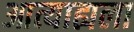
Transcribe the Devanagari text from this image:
आत्याह्यला